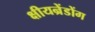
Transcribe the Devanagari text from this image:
क्षीयन्रेंडोंग